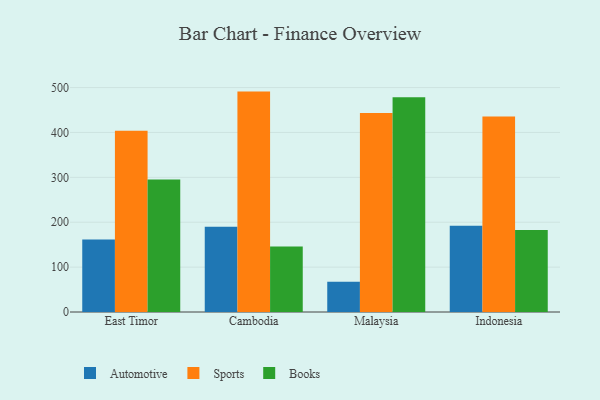
{"axis": {"x": "Country", "y": "Budget (USD K)"}, "legend": ["Automotive", "Books", "Sports"], "data": [{"x": "East Timor", "y": 161.3, "type": "Automotive"}, {"x": "East Timor", "y": 404.0, "type": "Sports"}, {"x": "East Timor", "y": 295.1, "type": "Books"}, {"x": "Cambodia", "y": 189.8, "type": "Automotive"}, {"x": "Cambodia", "y": 491.0, "type": "Sports"}, {"x": "Cambodia", "y": 146.0, "type": "Books"}, {"x": "Malaysia", "y": 67.4, "type": "Automotive"}, {"x": "Malaysia", "y": 443.6, "type": "Sports"}, {"x": "Malaysia", "y": 478.6, "type": "Books"}, {"x": "Indonesia", "y": 191.9, "type": "Automotive"}, {"x": "Indonesia", "y": 435.3, "type": "Sports"}, {"x": "Indonesia", "y": 182.8, "type": "Books"}]}